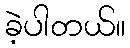
ခဲ့ပါတယ်။